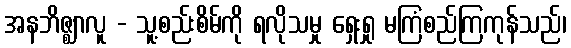
အနဘိဇ္ဈာလူ - သူ့စည်းစိမ်ကို ရလိုသမှု ရှေးရှု မကြံစည်ကြကုန်သည်၊